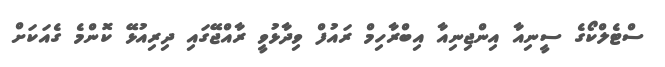
ސްޓެލްކޯގެ ސީނިއާ އިންޖިނިއާ އިބްރާހިމް ރައުފް ވިދާޅުވީ ރާއްޖޭގައި ދިރިއުޅޭ ކޮންމެ ގެއަކަށް